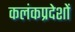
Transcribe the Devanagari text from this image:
कलंकप्रदेशों